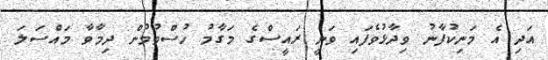
އަދި އެ މަނިކުފާނު ވިދާޅުވެފައި ވަނީ ރައީސްގެ މަގާމު ހުސްވުމުން ދިމާވާ މައްސަލަ